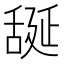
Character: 𦧝